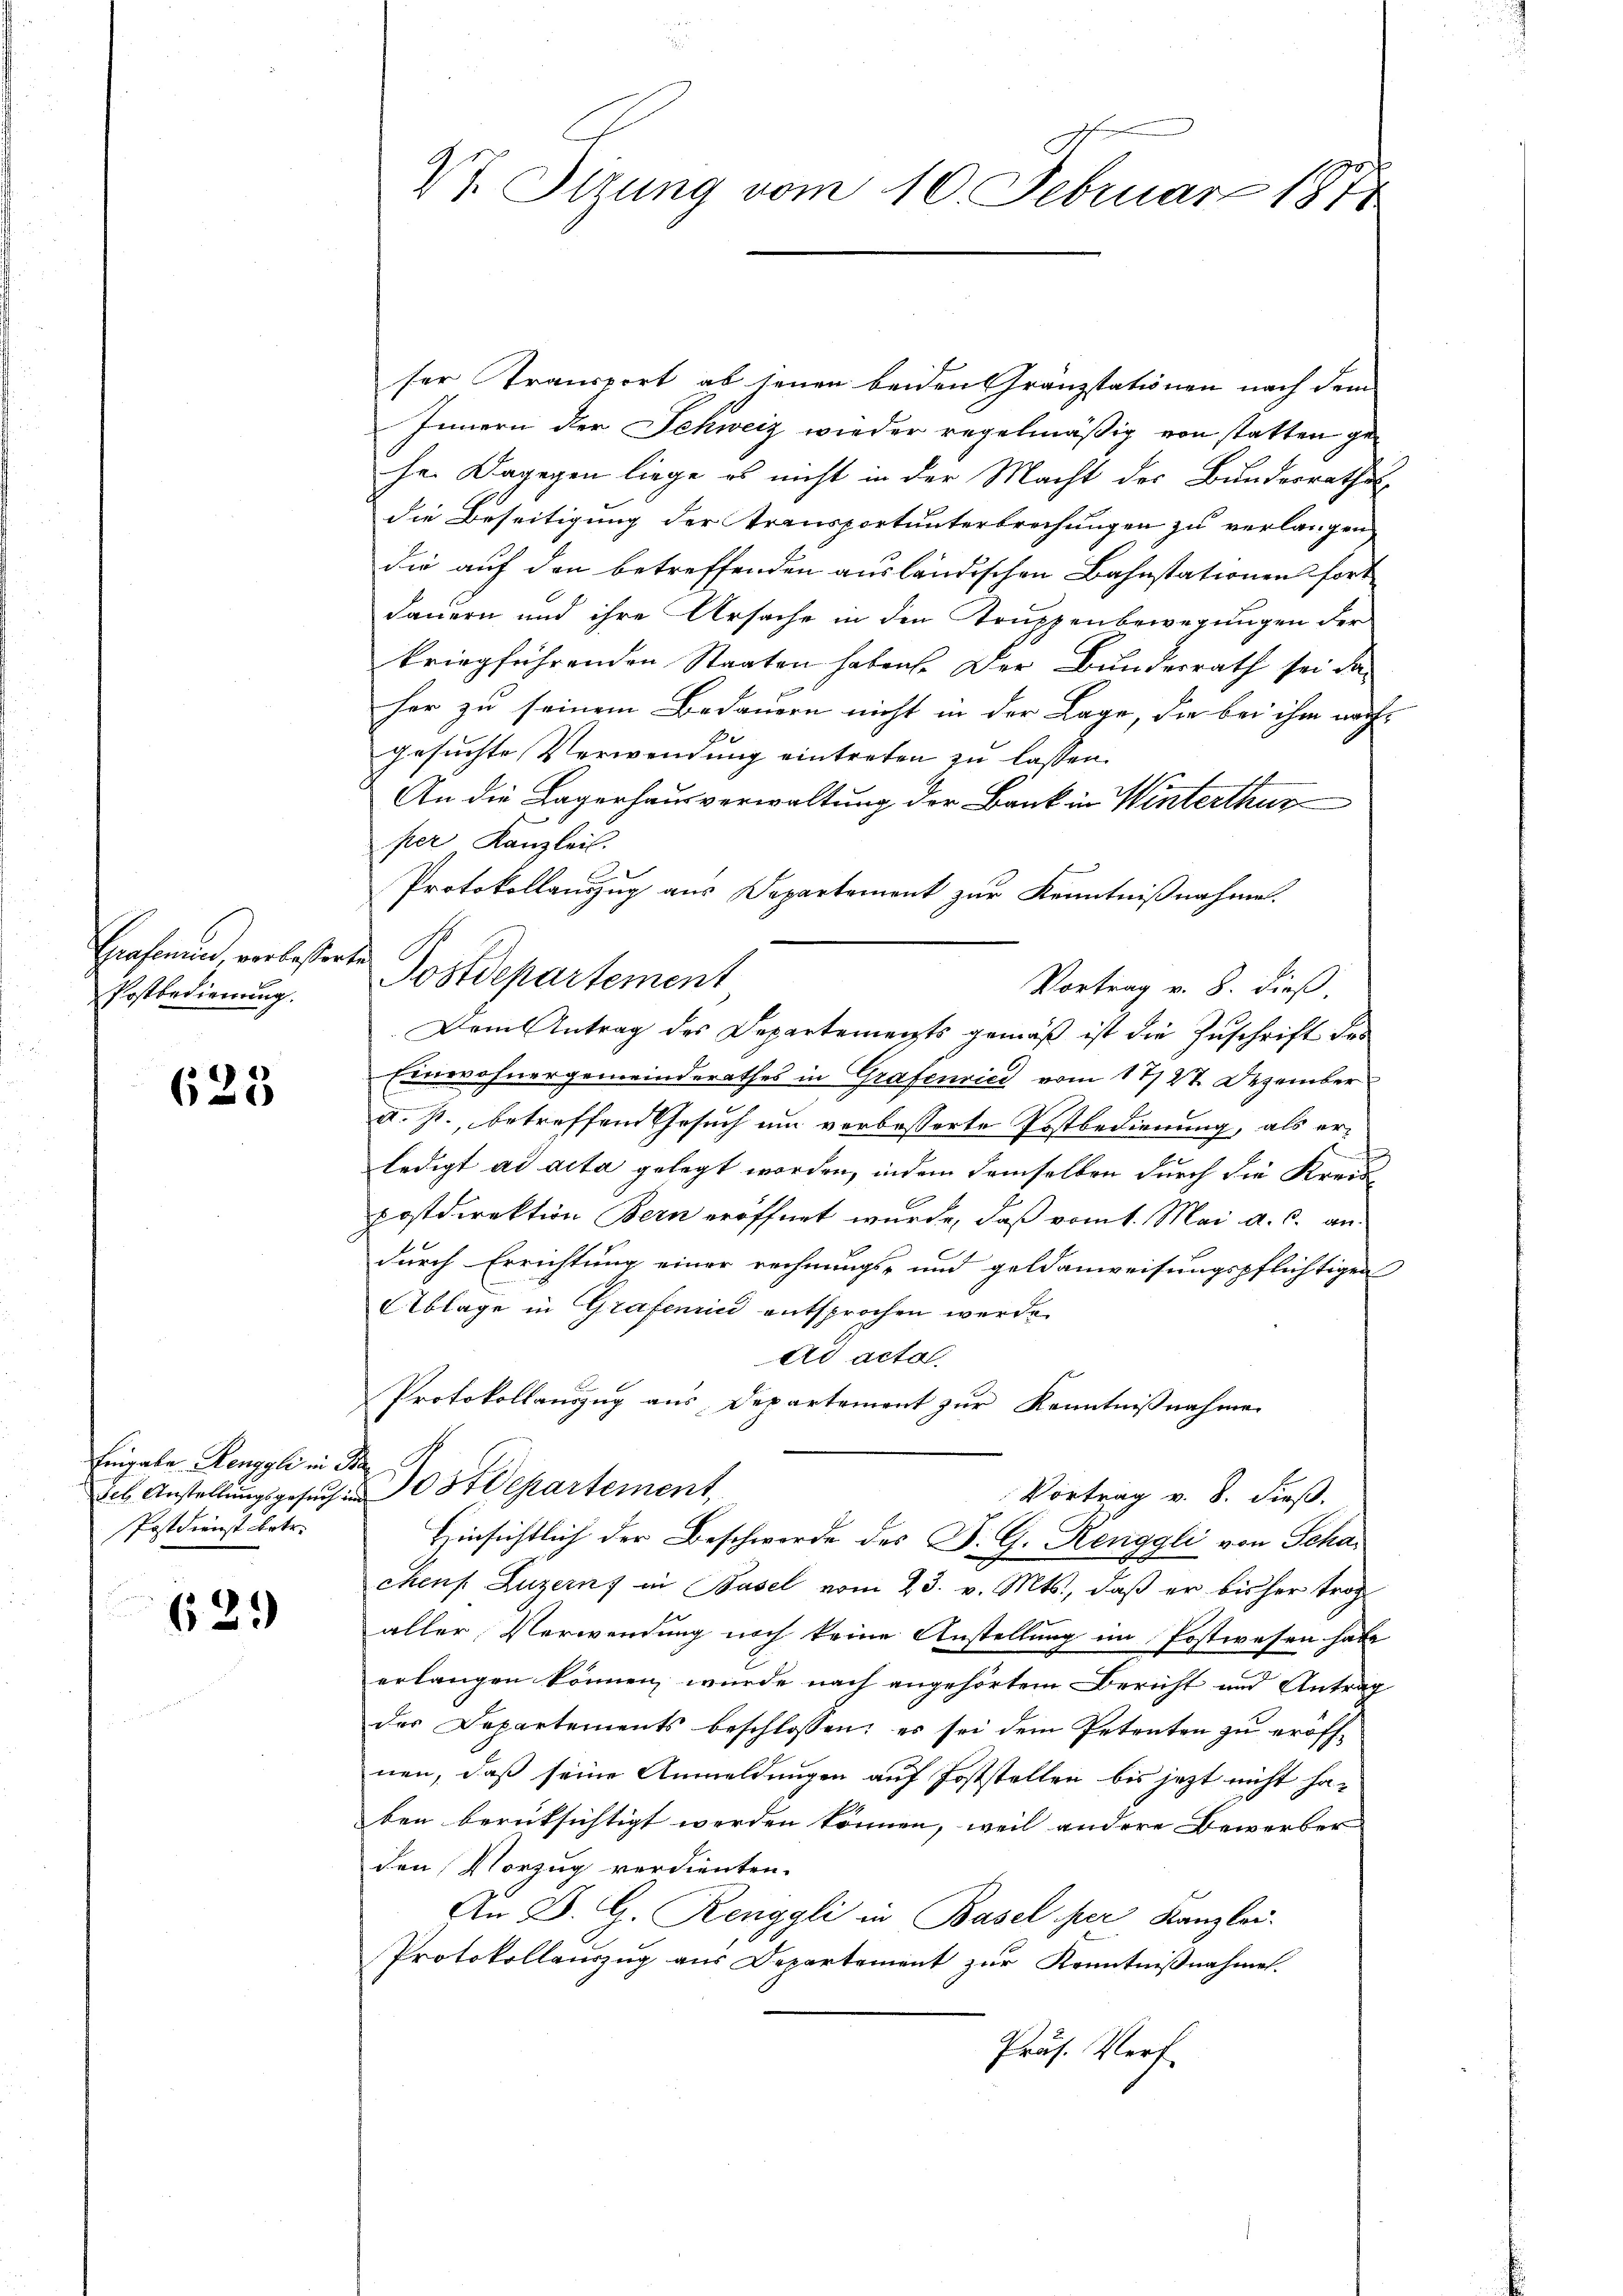
Grafenen, verbesserte
Postbedienung.

623

Eingabe Renggli in Sta
Postdienst betr.

629

47. Sizung vom 10. Februar 1871

ser Transport ab seien beiden Granzstationen nach dem
Innern der Schweiz wieder regelmäßig von statten gehe. Dagegen liege es nicht in der Macht des Bundesrathes
die Beseitigung der Transportunterbrechungen zu verlangen,
die auf den betreffenden ausländischen Bahnstationen fort
dauern und ihre Ursache in den Truppenbewegungen der
kriegführenden Staaten haben. Der Bundesrath sei daher zu seinem Bedauern nicht in der Lage, die bei ihm nach
gesuchte Verwendung eintreten zu lassen.
An die Lagerhausverwaltung der Bank in Winterthur
per Kanzleil.
Protokollauszug aus Departement zur Kenntnißnahme.
Postdepartement
Vortrag v. 8. dieß.
Dem Antrag des Departements gemäß ist die Zuschrift des
Einwohnergemeinderathes in Grafenrici vom 17/27. Dezember
a. p., betreffend Gesuch um vorbesserte Postbedienung, als er¬
u
ledigt ad acta gelegt worden, indem demselben durch die Kreispostdirektion Bern eröffnet wurde, daß vom 1. Mai d. d. an
durch Errichtung einer rechnungs- und geldanweisungspflichtigen
Ablage in Grafennin entsprochen werde.
Ad acta.
Protokollauszug aus Departement zur Kenntnißnahme
sel Anstellungsgesuch und Stepartement,
Vortrag v. 8. dieß.
Hinsichtlich der Beschwerde des B. G. Renggli von Schachens. Luzerns in Basel vom 23. v. Mts., daβ er bisher troc
aller Verwendung noch keine Anstellung im Postwesen habe
erlangen können, wurde nach angehörtem Bericht und Antrag
des Departements beschlossen; es sei dem Petenten zu eröffnen, daß seine Anmeldungen auf Joststellen bis jetzt nicht haben berüksichtigt werden können, weil andere Bewerber
den Vorzug verdienten.
An D. G. Renggli in Basel per Kanzlei-
Protokollauszug aus Departement zur Kenntnißnahmen.
Präs. Verf